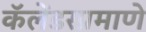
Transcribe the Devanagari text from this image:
कॅलेंडरप्रमाणे